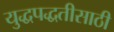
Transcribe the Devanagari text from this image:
युद्धपद्धतीसाठी